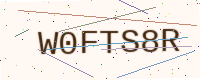
Text: W0FTS8R